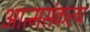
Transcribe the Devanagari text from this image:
आत्मसंकल्प